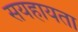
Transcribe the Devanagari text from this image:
सयहायता